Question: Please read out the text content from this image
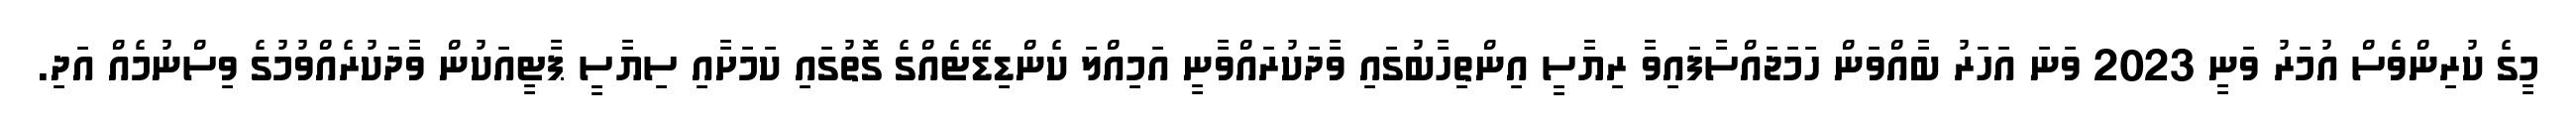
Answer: މީގެ ކުރިންވެސް އުމަރު ވަނީ 2023 ވަނަ އަހަރު ބާއްވަން ހަމަޖައްސާފައިވާ ރިޔާސީ އިންތިހާބުގައި ވާދަކުރައްވާނީ އަމިއްލަ ކެންޑިޑޭޓެއްގެ ގޮތުގައި ކަމަށާއި ސިޔާސީ ޕާޓީއަކުން ވާދަކުރެއްވުމުގެ ވިސްނުމެއް އަދި.